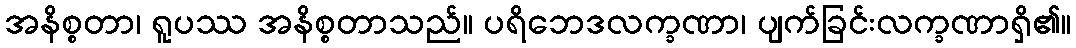
အနိစ္စတာ၊ ရူပဿ အနိစ္စတာသည်။ ပရိဘေဒလက္ခဏာ၊ ပျက်ခြင်းလက္ခဏာရှိ၏။